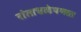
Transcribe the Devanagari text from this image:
रांताधळेपणात